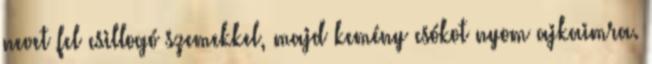
nevet fel csillogó szemekkel, majd kemény csókot nyom ajkaimra.